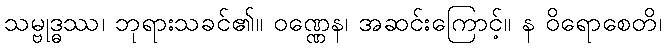
သမ္ဗုဒ္ဓဿ၊ ဘုရားသခင်၏။ ဝဏ္ဏေန၊ အဆင်းကြောင့်။ န ဝိရောစေတိ၊